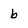
Character: b